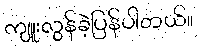
ကျူးလွန်ခဲ့ပြန်ပါတယ်။